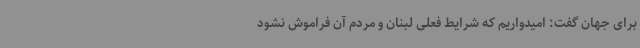
برای جهان گفت: امیدواریم که شرایط فعلی لبنان و مردم آن فراموش نشود